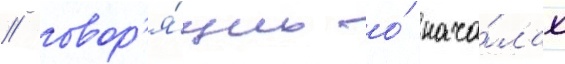
/ говор'я́щих о́ нача́лах